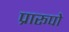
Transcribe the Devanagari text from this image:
प्रारूपो